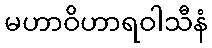
မဟာဝိဟာရဝါသီနံ